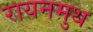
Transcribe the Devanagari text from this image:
रायनमुथ